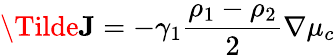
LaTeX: \Tilde{\textbf{J}}=-\gamma_{1}\frac{\rho_{1}-\rho_{2}}{2}\nabla\mu_{c}